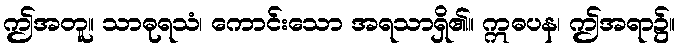
ဤအတူ။ သာဓုရသံ၊ ကောင်းသော အရသာရှိ၏။ ဣဓပန၊ ဤအရာ၌။